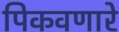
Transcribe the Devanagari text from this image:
पिकवणारे